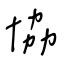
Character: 協